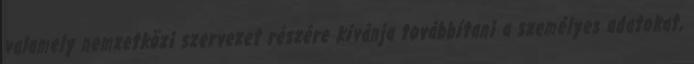
valamely nemzetközi szervezet részére kívánja továbbítani a személyes adatokat,